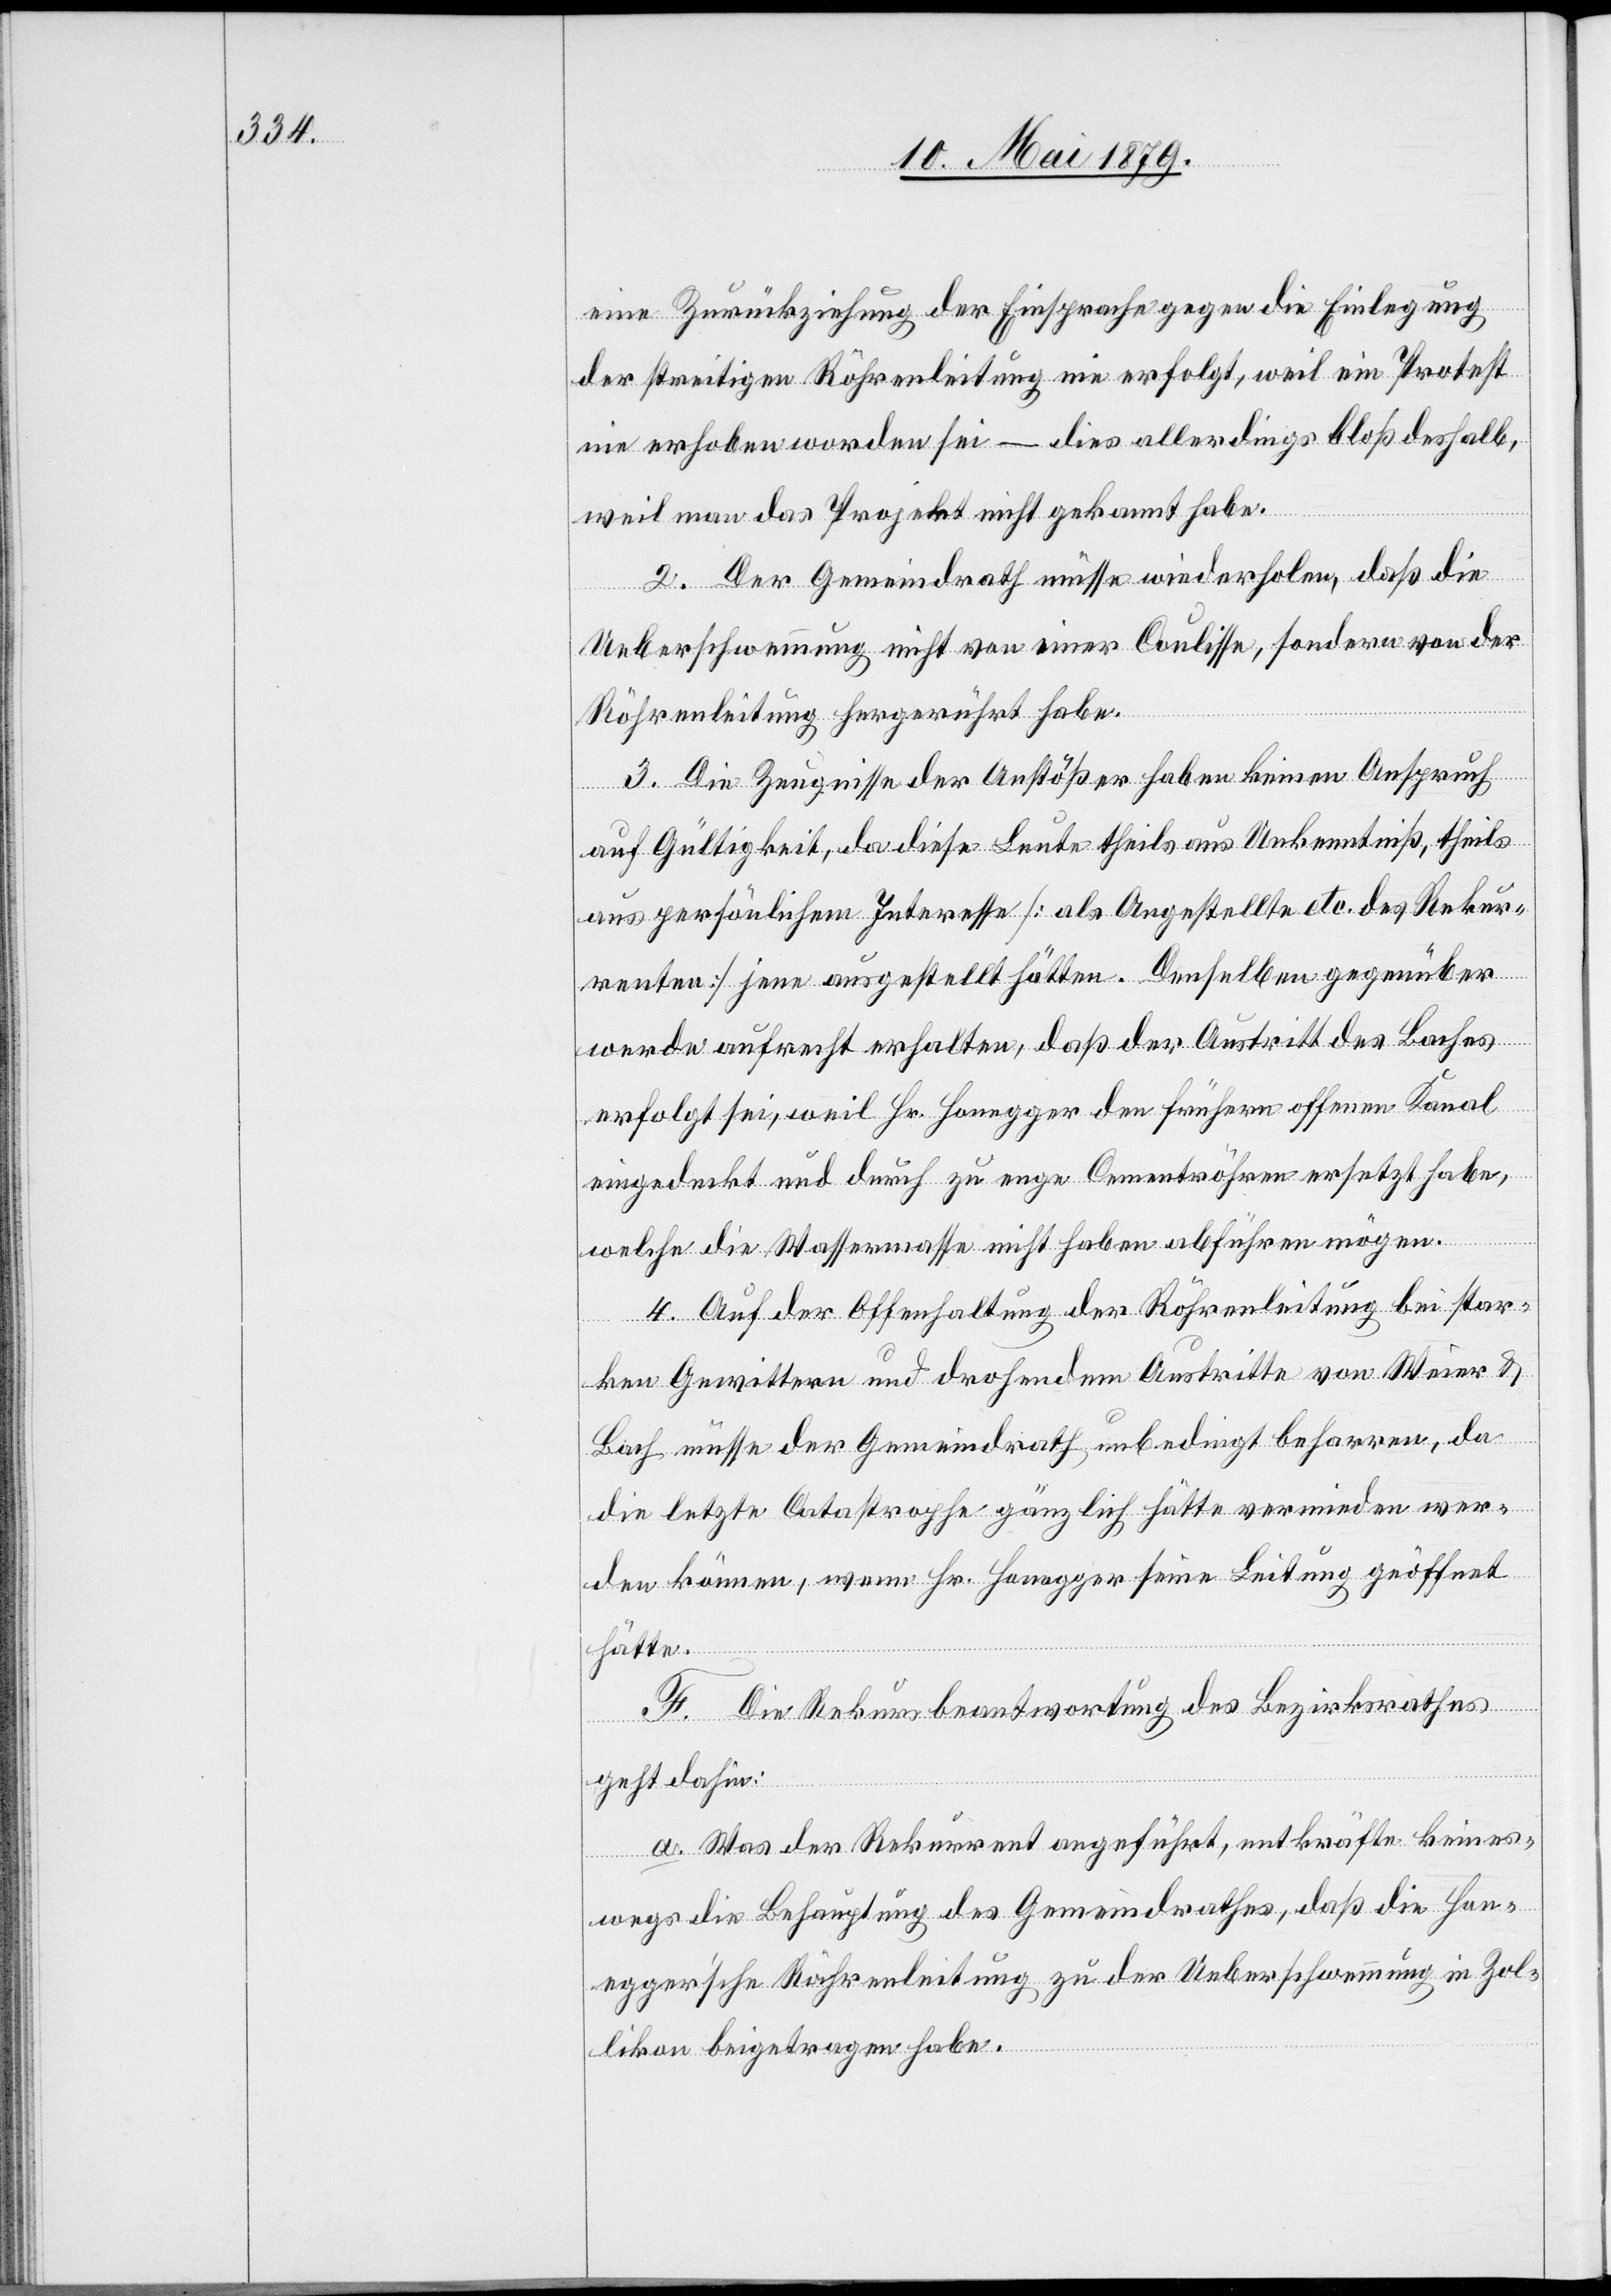
eine Zurückziehung der Einsprache gegen die Einlegung
der streitigen Röhrenleitung nie erfolgt, weil ein Protest
nie erhoben worden sei – dies allerdings bloß deshalb,
weil man das Projekt nicht gekannt habe.
2. Der Gemeindrath müsse wiederholen, daß die
Ueberschwemmung nicht von einer Coulisse, sondern von der
Röhrenleitung hergerührt habe.
3. Die Zeugnisse der Anstößer haben keinen Anspruch
auf Gültigkeit, da diese Leute theils aus Unkenntniß, theils
aus persönlichem Interesse [als Angestellte etc. des Rekur¬
renten] jene ausgestellt hätten. Denselben gegenüber
werde aufrecht erhalten, daß der Austritt des Baches
erfolgt sei, weil Hr. Honegger den frühern offenen Kanal
eingedeckt und durch zu enge Cementröhren ersetzt habe,
welche die Wassermasse nicht haben abführen mögen.
4. Auf der Offenhaltung der Röhrenleitung bei star¬
ken Gewittern und drohendem Austritte von Weier &
Bach müsse der Gemeindrath unbedingt beharren, da
die letzte Catastrophe gänzlich hätte vermieden wer¬
den können, wenn Hr. Honegger seine Leitung geöffnet
hätte.
F. Die Rekursbeantwortung des Bezirksrathes
geht dahin:
a. Was der Rekurrent angeführt, entkräfte keines¬
wegs die Behauptung des Gemeindrathes, daß die Hon¬
egger’sche Röhrenleitung zu der Ueberschwemmung in Zol¬
likon beigetragen habe.